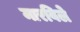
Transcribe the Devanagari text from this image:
मारविले